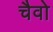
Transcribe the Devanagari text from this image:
चैवो